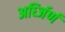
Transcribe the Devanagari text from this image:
अर्ध्जिर्ण